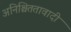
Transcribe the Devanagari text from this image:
अनिश्चिततावादी